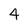
Character: 4